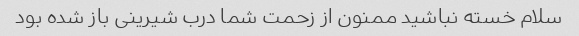
سلام خسته نباشید ممنون از زحمت شما درب شیرینی باز شده بود